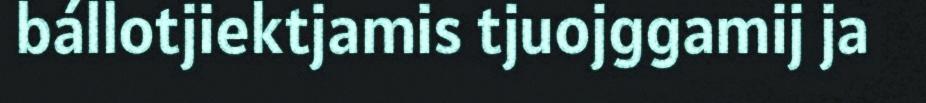
bállotjiektjamis tjuojggamij ja